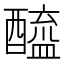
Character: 醯